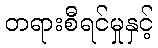
တရားစီရင်မှုနှင့်